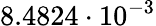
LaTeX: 8.4824\cdot 10^{-3}